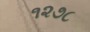
૧૨૭૮